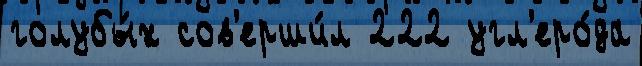
голубы́х сов'ерши́л 222 угл'еро́да